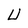
Character: U